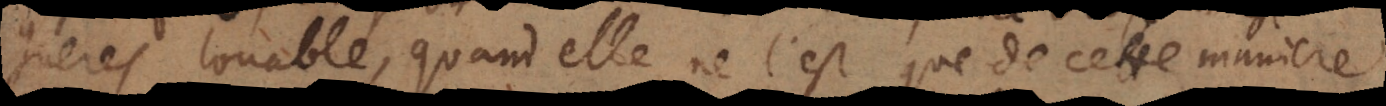
gueres louable, quand elle ne l’est que de cette maniere.